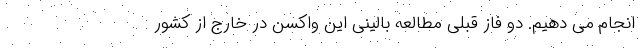
انجام می دهیم. دو فاز قبلی مطالعه بالینی این واکسن در خارج از کشور